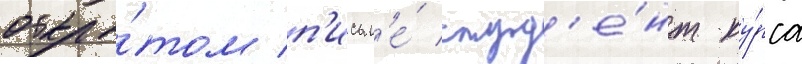
откры́том п'исьм'е́ студ'е́нт ку́рса